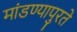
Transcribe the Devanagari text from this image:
मांडण्यापुरते